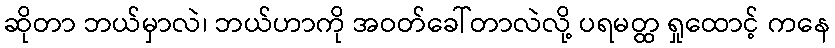
ဆိုတာ ဘယ်မှာလဲ၊ ဘယ်ဟာကို အဝတ်ခေါ်တာလဲလို့ ပရမတ္ထ ရှုထောင့် ကနေ